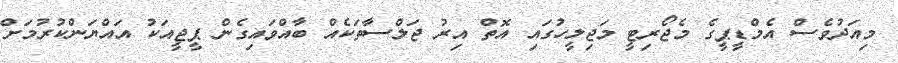
މިއަދުވެސް އެމްޑީޕީގެ މެޖޯރިޓީ މަޖިލީހުގައި އޮތް އިރު ޖަލްސާތަކެއް ބާއްވައިގެން ޕީޖީއަކު އައްޔަންކުރުމަށް